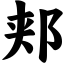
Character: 郏